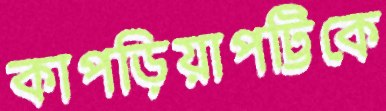
কাপড়িয়াপট্টিকে